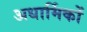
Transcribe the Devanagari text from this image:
अधार्मिकों